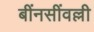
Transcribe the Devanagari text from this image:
बींनसींवल्ली